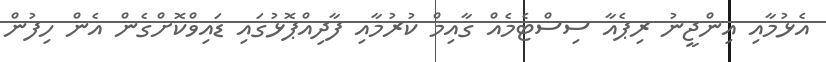
އެޅުމާއި އިންޖީނު ރިޕެއާ ސިސްޓެމެއް ގާއިމް ކުރުމާއި ފާދިއްޕޮޅުގައި ޑައިވްކޮށްގެން އެން ހިފުން